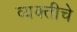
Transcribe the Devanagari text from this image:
व्यक्‍तीचे